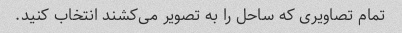
تمام تصاویری که ساحل را به تصویر می‌کشند انتخاب کنید.